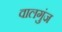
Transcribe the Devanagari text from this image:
वालगुंज